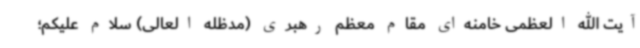
آیت الله العظمی خامنه‌ای مقام معظم رهبری (مدظله العالی) سلام علیکم؛